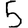
Digit: 5